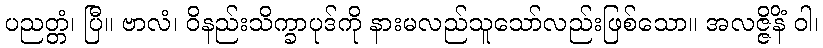
ပညတ္တံ၊ ပြီ။ ဗာလံ၊ ဝိနည်းသိက္ခာပုဒ်ကို နားမလည်သူသော်လည်းဖြစ်သော။ အလဇ္ဇိနိံ ဝါ၊